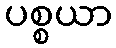
ပစ္စယာ